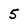
Character: 5